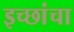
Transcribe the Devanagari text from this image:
इच्छांचा